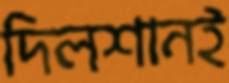
দিলশানই